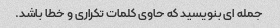
جمله ای بنویسید که حاوی کلمات تکراری و خطا باشد.